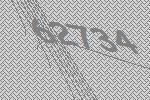
62734